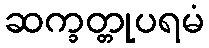
ဆက္ခတ္တုပရမံ